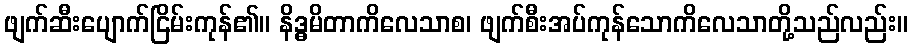
ဖျက်ဆီးပျောက်ငြိမ်းကုန်၏။ နိဒ္ဓမိတာကိလေသာစ၊ ဖျက်စီးအပ်ကုန်သောကိလေသာတို့သည်လည်း။